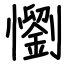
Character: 懰